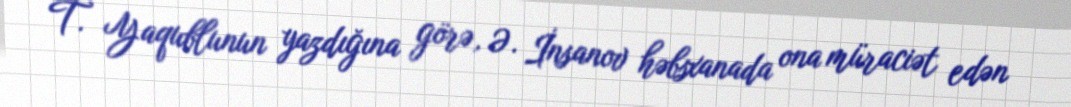
T. Yaqublunun yazdığına görə, Ə. İnsanov həbsxanada ona müraciət edən